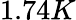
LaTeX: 1.74K